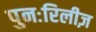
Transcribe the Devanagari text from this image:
पुनःरिलीज़